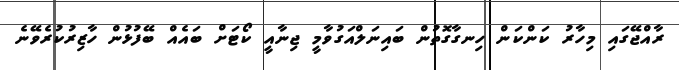
ރާއްޖޭގައި މިހާރު ކަންކަން ހިނގާގޮތުން ބައިނަލްއަގުވާމީ ޖިނާއީ ކޯޓަށް ބައެއް ބޭފުޅުން ހާޒިރުކުރެވޭނެ